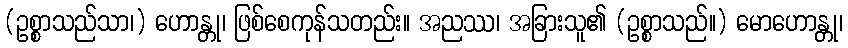
(ဥစ္စာသည်သာ၊) ဟောန္တု၊ ဖြစ်စေကုန်သတည်း။ အညဿ၊ အခြားသူ၏ (ဥစ္စာသည်။) မောဟောန္တု၊